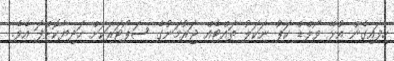
ހިފައިގެން އުޅޭ ވޯލްޑް ކަޕު ނަކަލު ތައްޓެއް ޖަރުމަނުގެ ސަޕޯޓަރަކަށް ހަދިޔާކޮށްފަ އެވެ.